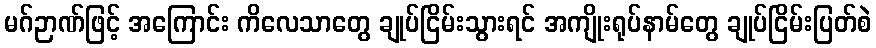
မဂ်ဉာဏ်ဖြင့် အကြောင်း ကိလေသာတွေ ချုပ်ငြိမ်းသွားရင် အကျိုးရုပ်နာမ်တွေ ချုပ်ငြိမ်းပြတ်စဲ